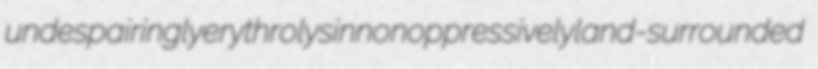
undespairingly erythrolysin nonoppressively land-surrounded